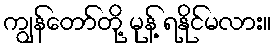
ကျွန်တော်တို့ မုန့် ရနိုင်မလား။